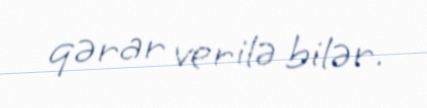
qərar verilə bilər.